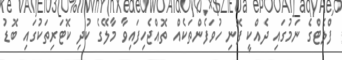
ފްލެޓްގެ ނަމުގައި ދެއްކީ ފޮނި ހުވަފެންތަކެއް ތޮއްޖެހިފައިވާ މާލޭގެ ކުދި ކޮޓަރިތަކުގައި ބޮޑު